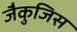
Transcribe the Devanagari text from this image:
जैकुजिस